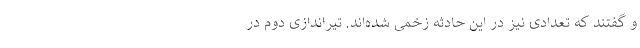
و گفتند که تعدادی نیز در این حادثه زخمی شده‌اند. تیراندازی دوم در